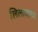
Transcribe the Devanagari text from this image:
लिलावाचा